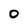
Character: 0